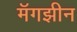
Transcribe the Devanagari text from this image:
मॅगझीन